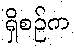
ရှိစဉ်က